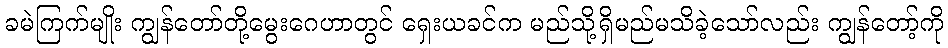
ခမဲကြက်မျိုး ကျွန်တော်တို့မွေးဂေဟာတွင် ရှေးယခင်က မည်သို့ရှိမည်မသိခဲ့သော်လည်း ကျွန်တော့်ကို